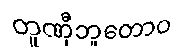
တူဏှီဘူတောဝ